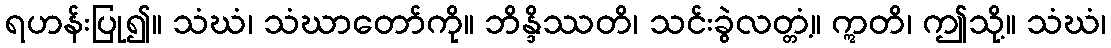
ရဟန်းပြု၍။ သံဃံ၊ သံဃာတော်ကို။ ဘိန္ဒိဿတိ၊ သင်းခွဲလတ္တံ့။ ဣတိ၊ ဤသို့။ သံဃံ၊